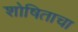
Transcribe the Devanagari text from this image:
शोषिताचा